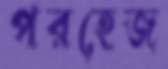
পরহেজ